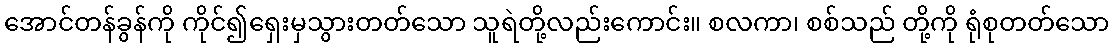
အောင်တန်ခွန်ကို ကိုင်၍ရှေးမှသွားတတ်သော သူရဲတို့လည်းကောင်း။ စလကာ၊ စစ်သည် တို့ကို ရုံစုတတ်သော